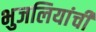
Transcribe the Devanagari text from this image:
भुजलियांची